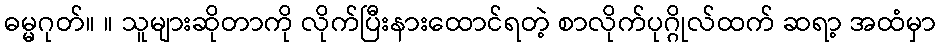
ဓမ္မဂုတ်။ ။ သူများဆိုတာကို လိုက်ပြီးနားထောင်ရတဲ့ စာလိုက်ပုဂ္ဂိုလ်ထက် ဆရာ့ အထံမှာ